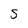
Character: S